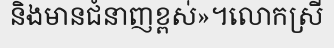
និងមានជំនាញខ្ពស់»។លោកស្រី